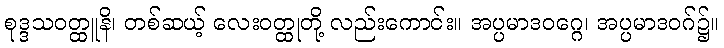
စုဒ္ဒသဝတ္ထူနိ၊ တစ်ဆယ့် လေးဝတ္ထုတို့ လည်းကောင်း။ အပ္ပမာဒဝဂ္ဂေ၊ အပ္ပမာဒဝဂ်၌။